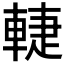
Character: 𲄷